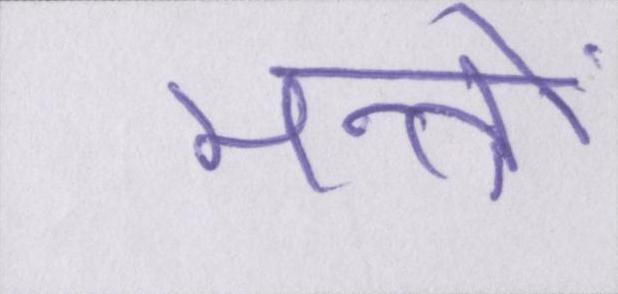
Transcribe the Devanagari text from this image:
मन्त्रों